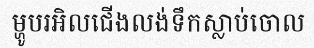
ម្ហូបរអិលជើងលង់ទឹកស្លាប់ចោល